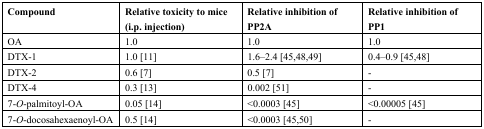
<table><thead><tr><td><b>Compound</b></td><td><b>Relative toxicity to mice (i.p. injection)</b></td><td><b>Relative inhibition of PP2A</b></td><td><b>Relative inhibition of PP1</b></td></tr></thead><tbody><tr><td>OA</td><td>1.0</td><td>1.0</td><td>1.0</td></tr><tr><td>DTX-1</td><td>1.0 [11]</td><td>1.6–2.4 [45,48,49]</td><td>0.4–0.9 [45,48]</td></tr><tr><td>DTX-2</td><td>0.6 [7]</td><td>0.5 [7]</td><td>-</td></tr><tr><td>DTX-4</td><td>0.3 [13]</td><td>0.002 [51]</td><td>-</td></tr><tr><td>7-<i>O</i>-palmitoyl-OA</td><td>0.05 [14]</td><td>&lt;0.0003 [45]</td><td>&lt;0.00005 [45]</td></tr><tr><td>7-<i>O</i>-docosahexaenoyl-OA</td><td>0.5 [14]</td><td>&lt;0.0003 [45,50]</td><td>-</td></tr></tbody></table>